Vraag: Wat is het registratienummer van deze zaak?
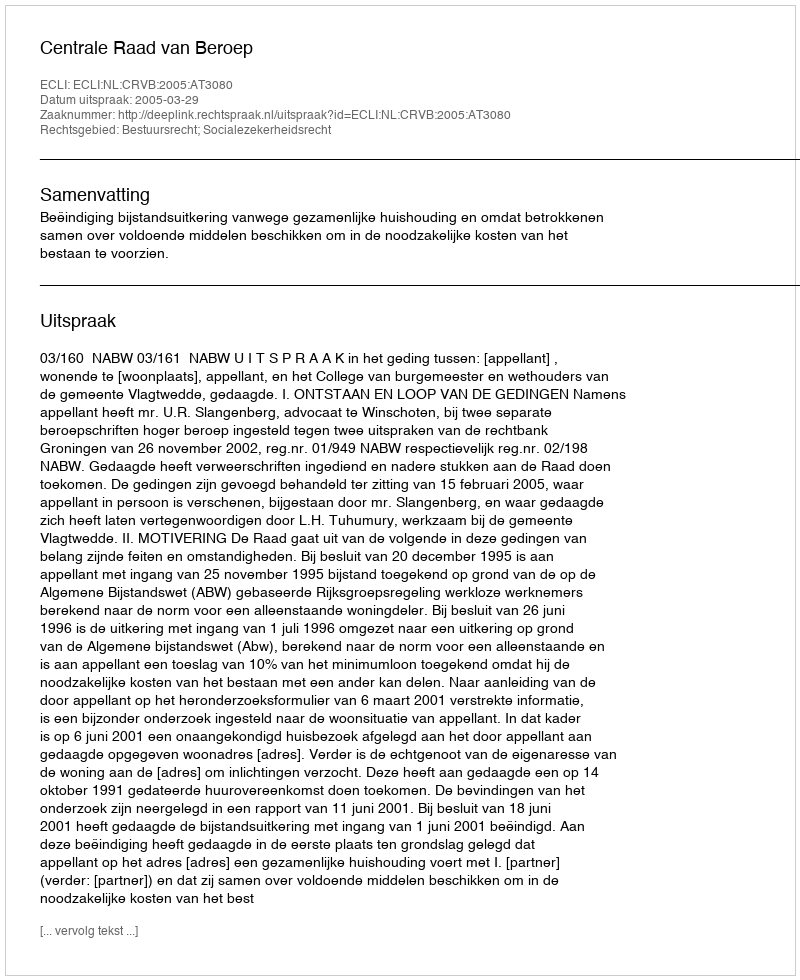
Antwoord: http://deeplink.rechtspraak.nl/uitspraak?id=ECLI:NL:CRVB:2005:AT3080